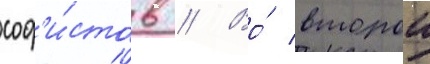
соф'и́стов // Во́ второи